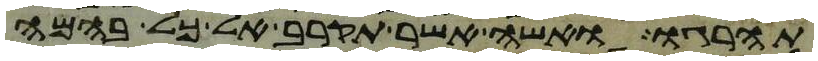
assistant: תהרגו ואשה אשר תקרב אל כל בהמה